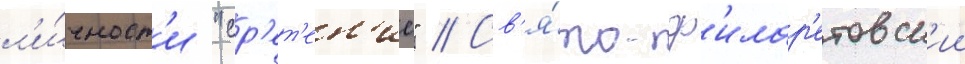
л'и́чност'и "ср'ет'ен'ие" // Св'я́то-ф'илар'етовск'ии